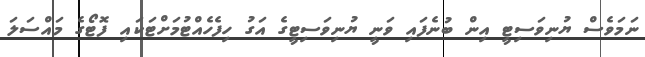
ނަމަވެސް ޔުނިވަސިޓީ އިން ބުނެފައި ވަނީ ޔުނިވަސިޓީގެ އަގު ހިފެހެއްޓުމަށްޓަކައި ފޮޓޯގެ މައްސަލަ